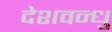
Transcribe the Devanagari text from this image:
देशवन्धु